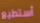
أستطيع